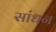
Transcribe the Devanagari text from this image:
सांधन